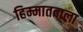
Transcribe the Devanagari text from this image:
हिम्मातवाला